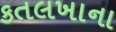
કતલખાના